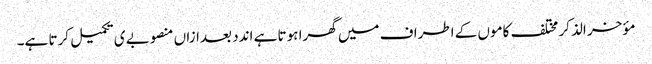
مؤخر الذکر مختلف کاموں کے اطراف میں گھرا ہوتا ہے اندد بعدازاں منصوبے ی تکمیل کرتا ہے۔